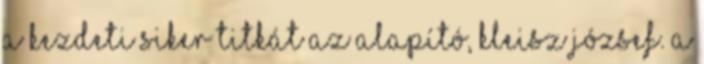
a kezdeti siker titkát az alapító, Kleisz József. A